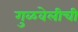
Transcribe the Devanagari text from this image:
गुळवेलीची